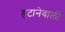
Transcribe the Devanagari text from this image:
हटानेवाली